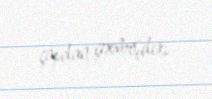
çapdan çıxmışdır.